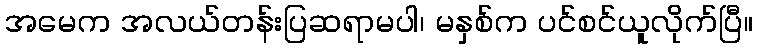
အမေက အလယ်တန်းပြဆရာမပါ၊ မနှစ်က ပင်စင်ယူလိုက်ပြီ။